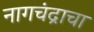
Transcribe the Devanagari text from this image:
नागचंद्राचा